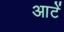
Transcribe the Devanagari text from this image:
आटें